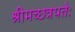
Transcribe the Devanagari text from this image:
श्रीमच्छत्रपतेः